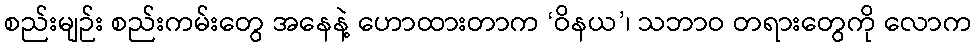
စည်းမျဉ်း စည်းကမ်းတွေ အနေနဲ့ ဟောထားတာက ‘ဝိနယ’၊ သဘာဝ တရားတွေကို လောက